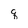
Character: q